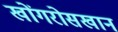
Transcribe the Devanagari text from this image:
खोंगरोसखान